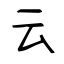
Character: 云